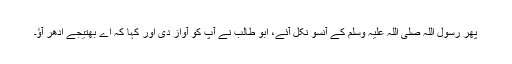
پھر رسول اللہ صلی اللہ علیہ وسلم کے آنسو نکل آئے، ابو طالب نے آپؐ کو آواز دی اور کہا کہ اے بھتیجے ادھر آؤ۔